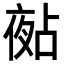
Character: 𡖵